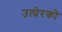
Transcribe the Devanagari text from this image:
उत्प्रेरको